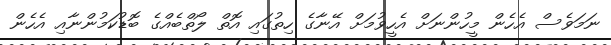
ނަމަވެސް އެހެން މީހުންނަށް އެހީވުމަށް އޭނާގެ ހިތުގައި އޮތް ލޯތްބެއްގެ ބޮޑުކަމުންނާއި އެހެން